Civil Veterinary Department Bengal reports 1923-33 - 1923-1933
Year: 1923
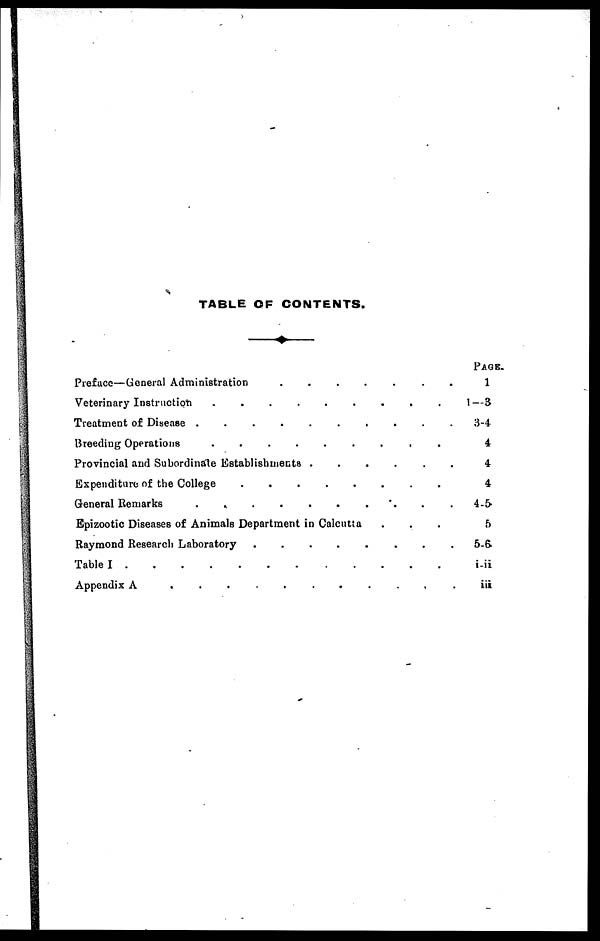
TABLE OF CONTENTS.
Preface—General Administration
.......
Veterinary Instruction .........
Treatment of Disease ........
Breeding Operations .......
Provincial and Subordinate Establishments
......
Expenditure of the Colleg .......
General Remarks .........-
Epizootic Diseases of Animals Department in Calcutta ...
Raymond Research Laboratory .......
Table I
.......
Appendix A .......
PAGE.
1
1— 3
3-4
4
4
4
4-5
5
5-6
i-ii
iii